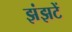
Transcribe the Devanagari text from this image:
झंझटें